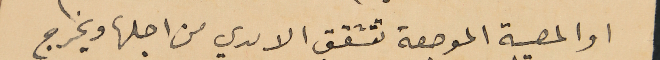
او المصيبة الموجعة تتشقق الايدي من اجلها ويخرج